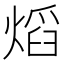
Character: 熖